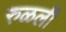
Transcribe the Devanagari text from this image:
रुळली